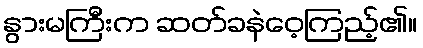
နွားမကြီးက ဆတ်ခနဲဝေ့ကြည့်၏။